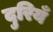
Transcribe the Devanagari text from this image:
दुरियँ